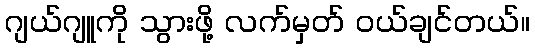
ဂျယ်ဂျူကို သွားဖို့ လက်မှတ် ဝယ်ချင်တယ်။